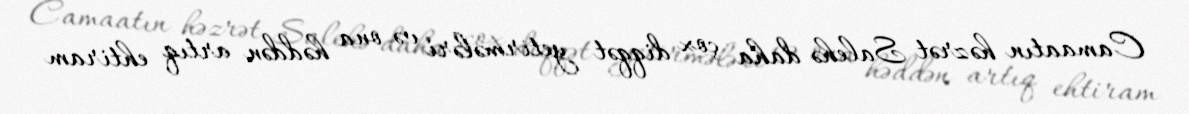
Camaatın həzrət Salehə daha çox diqqət yetirmələri və ona həddən artıq ehtiram